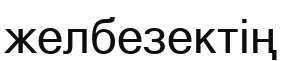
желбезектің